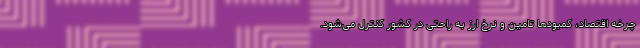
چرخه اقتصاد، کمبود‌ها تامین و نرخ ارز به راحتی در کشور کنترل می‌شود.